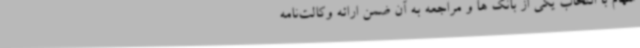
سهام با انتخاب یکی از بانک ها و مراجعه به آن ضمن ارائه وکالت‌نامه